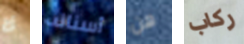
لا أسنانه هن ركاب